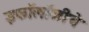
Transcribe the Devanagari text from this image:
इकॉलॉजीचे